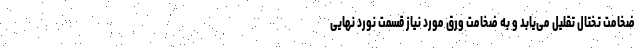
ضخامت تختال تقلیل می‌یابد و به ضخامت ورق مورد نیاز قسمت نورد نهایی